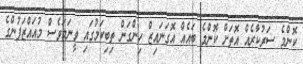
ކޮންމެ ސަރުކާރެއް އޮތަށް ކޮންމެ ބައެއް އޮގަނައިޒް ހިންގަން ތިބިކަމުގައި ވީނަމަވެސް މުއައްޒަފުންގެ